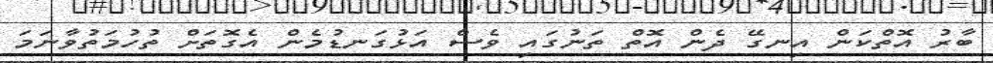
ބާރު އޮތްކަން އިނގޭ ދެން އޮތް ތަނުގައި ވެސް އަޅުގަނޑުމެން އެގޮތަށް ތުހުމަތުވާނަމަ